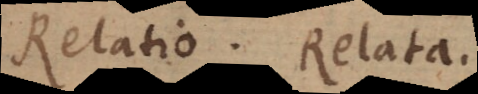
Relatio. Relata.